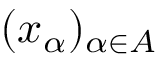
( x _ { \alpha } ) _ { \alpha \in A }